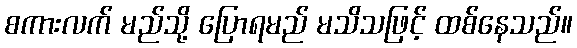
စကားလက် မည်သို့ ပြောရမည် မသိသဖြင့် ထစ်နေသည်။